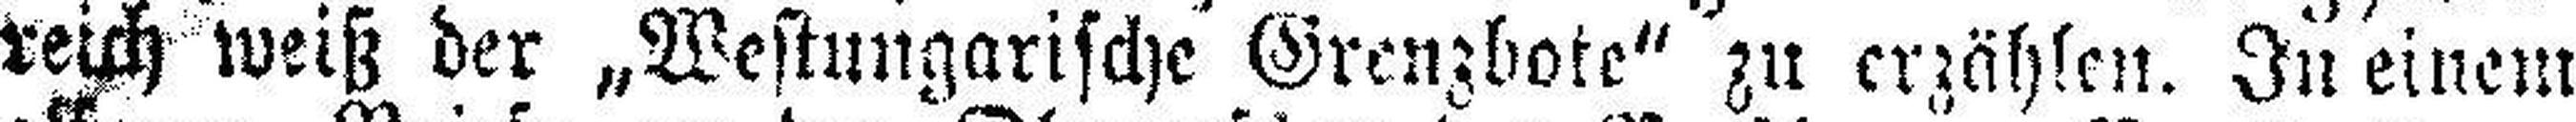
reich weiß der „Westungarische Grenzbote“ zu erzählen. In einem